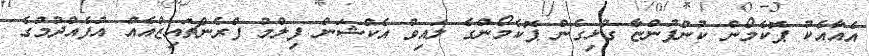
އެއާއެކު ޕޮކެމޯން ކުންފުންޏާ ގުޅިގެން ޕޮކެމޯންގެ ލައިވް އެކްޝަން ފިލްމު ފްރެންޗައިޒްއެއް އުފެއްދުމުގެ